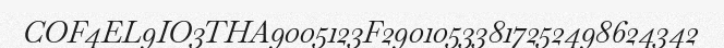
COF4EL9IO3THA9005123F29010533817252498624342